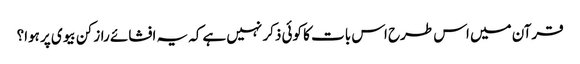
قرآن میں اس طرح اس بات کا کوئی ذکر نہیں ہےکہ یہ افشائے راز کن بیوی پر ہوا؟